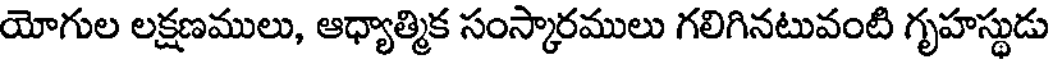
యోగుల లక్షణములు, ఆధ్యాత్మిక సంస్కారములు గలిగినటువంటి గృహస్థుడు